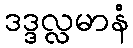
ဒဒ္ဒလ္လမာနံ